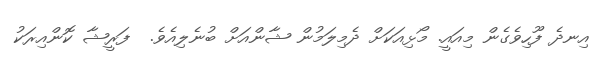
އިނދެ ފޫހިވެގެން މިއައީ. މޯޅިއަކަށް ދެމިލަމުން ޝާންއަށް ބުނެލިއެވެ.  ފަރީޝާ ކޮންއިރަކު